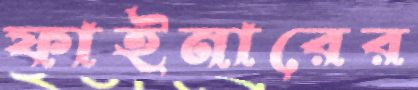
ফাইনারের